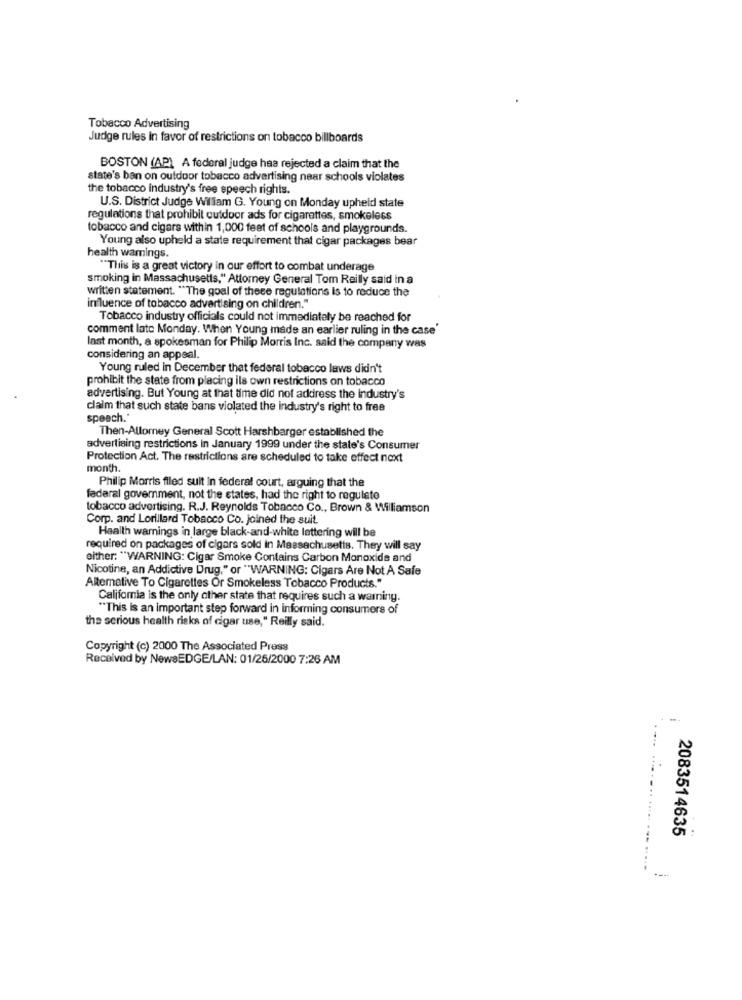
Tobacco Advertising
Judge rules In favor of restrictions on tobacco billboards
BOSTON (AP) A federal judge haa rejected a claim that the
state's ban on outdoor tobacco advertising near schools violates
the tobacco industry's free speech rights.
U.S. District Judge William G. Young on Monday upheld state
regulations that prohibit outdoor ads for cigarettes, smokeless
tobacco and cigars within 1,000 feet of schools and playgrounds.
Young also upheld a state requirement that cigar packages bear
health wamings.
"This is a great victory in our effort to combat underage
smoking in Massachusetts," Attorney General Tom Reilly said in a
written statement. "The goal of these regulations Is to reduce the
influence of tobacco advertising on children."
Tobacco industry officials could not immediately be reached for
comment late Monday. When Young made an earlier ruling in the case'
last month, a spokesman for Philip Morris Inc. said the company was
considering an appeal.
Young ruled in December that federal tobacco laws didn't
prohibit the state from placing ils own restrictions on tobacco
advertising. But Young at that time did not address the Industry's
claim that such state bans violated the industry's right to free
speech."
Then-Attorney General Scott Harshbarger established the
advertising restrictions In January 1999 under the state's Consumer
Protection Act. The restrictions are scheduled to take effect next
month.
Philip Morris filed suit In federal court, arguing that the
federal government, not the states, had the right to regulate
tobacco advertising. R.J. Reynolds Tobacco Co ., Brown & Williamson
Corp. and Lorillard Tobacco Co. joined the suit.
Health warnings in large black-and-white lettering will be
required on packages of cigars sold in Massachusetts. They will say
either: "WARNING: Cigar Smoke Contains Carbon Monoxide and
Nicotine, an Addictive Drug," or "WARNING: Cigars Are Not A Safe
Alternative To Cigarettes Or Smokeless Tobacco Products."
Califomia is the only other state that requires such a warning.
"This is an important step forward in informing consumers of
the serious health risks of cigar use," Reilly said.
Copyright (c) 2000 The Associated Press
Received by NewsEDGE/LAN: 01/26/2000 7:26 AM
---
.... ...
2083514635